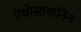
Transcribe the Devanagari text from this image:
एंथोसायानिन